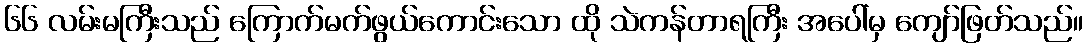
၆၆ လမ်းမကြီးသည် ကြောက်မက်ဖွယ်ကောင်းသော ထို သဲကန်တာရကြီး အပေါ်မှ ကျော်ဖြတ်သည်။